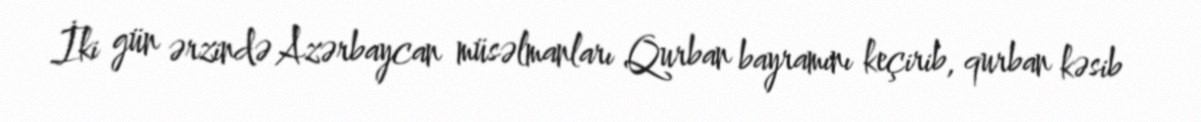
İki gün ərzində Azərbaycan müsəlmanları Qurban bayramını keçirib, qurban kəsib